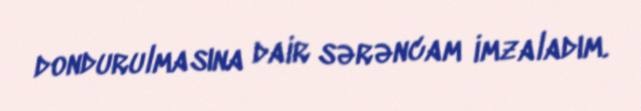
dondurulmasına dair sərəncam imzaladım.